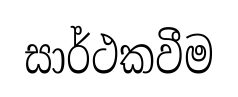
සාර්ථකවීම